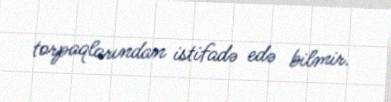
torpaqlarından istifadə edə bilmir.